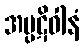
အပ္ပဋိဝါနံ